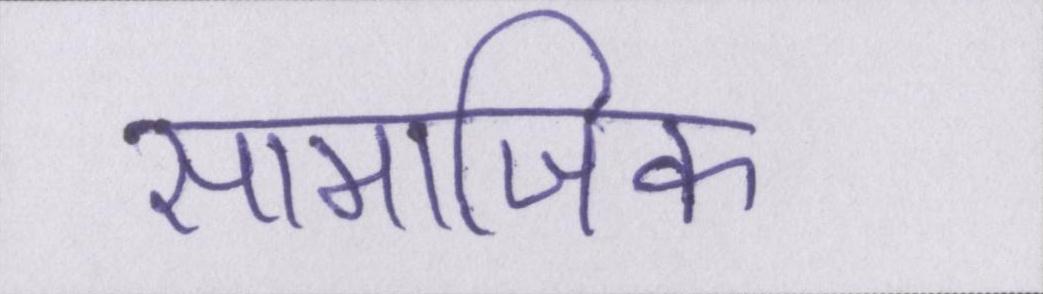
सामाजिक